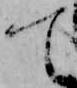
て